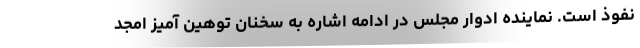
نفوذ است. نماینده ادوار مجلس در ادامه اشاره به سخنان توهین آمیز امجد